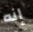
إنه